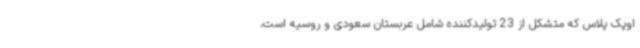
اوپک پلاس که متشکل از 23 تولیدکننده شامل عربستان سعودی و روسیه است،